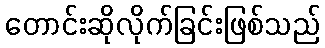
တောင်းဆိုလိုက်ခြင်းဖြစ်သည်